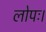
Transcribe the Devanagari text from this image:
लोपः।